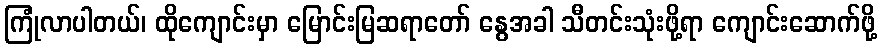
ကြုံလာပါတယ်၊ ထိုကျောင်းမှာ မြောင်းမြဆရာတော် နွေအခါ သီတင်းသုံးဖို့ရာ ကျောင်းဆောက်ဖို့